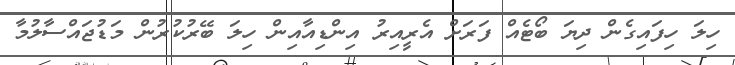
ހިލަ ހިފައިގެން ދިޔަ ބޯޓެއް ފަރަށް އެރީއިރު އިންޑިއާއިން ހިލަ ބޭރުކުރުން މަޑުޖައްސާލުމާ